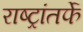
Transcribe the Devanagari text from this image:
राष्ट्रांतर्फे